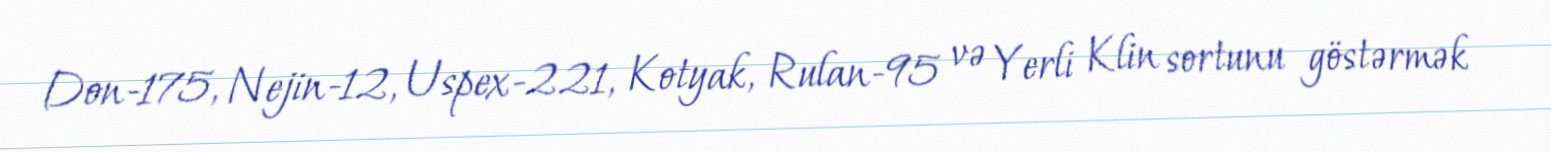
Don-175, Nejin-12, Uspex-221, Kotyak, Rulan-95 və Yerli Klin sortunu göstərmək